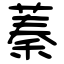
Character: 蓁